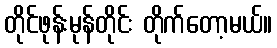
တိုင်ဖုန်းမုန်တိုင်း တိုက်တော့မယ်။